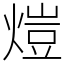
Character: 𤍈